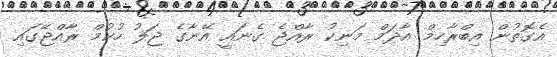
އެގޮތުން އިބްރާހިމް އާދަމް މަނިކު ރާއްޖެ ގެނައީ އޭނާގެ ޖަލު ހުކުމް ރާއްޖޭގައި